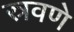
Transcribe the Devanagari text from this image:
स्रवणे